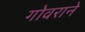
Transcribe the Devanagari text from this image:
गोवराने